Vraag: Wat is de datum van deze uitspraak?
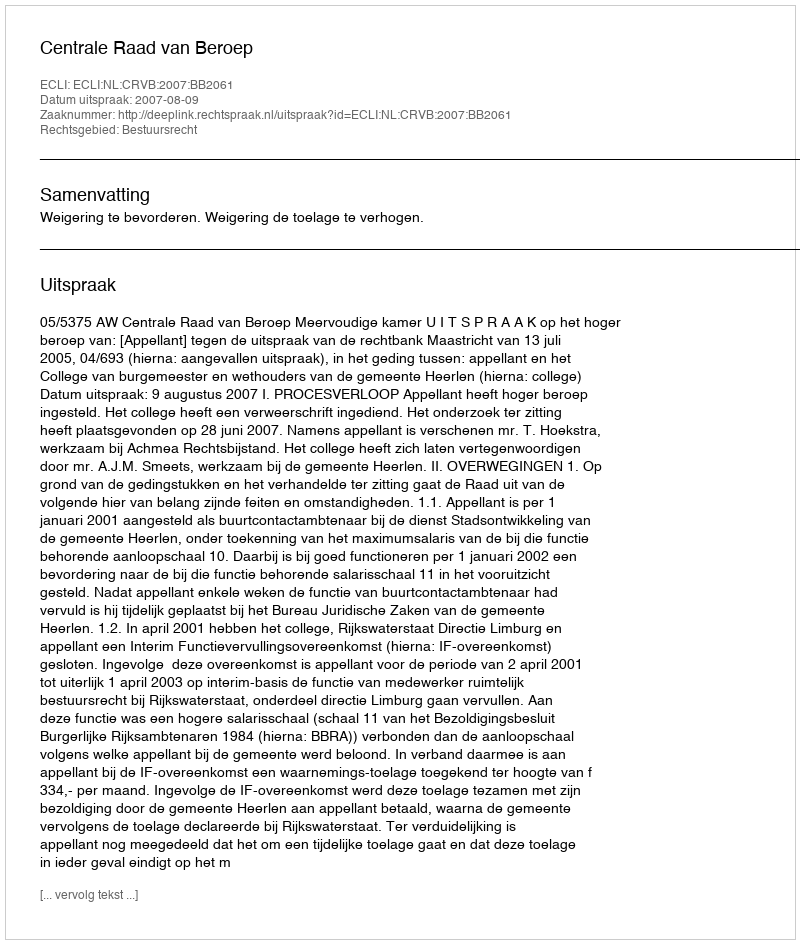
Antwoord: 2007-08-09